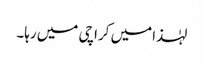
لہٰذا میں کراچی میں رہا۔